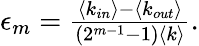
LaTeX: \begin{array}{r}{\epsilon_{m}=\frac{\langle k_{in}\rangle-\langle k_{out}\rangle}{(2^{m-1}-1)\langle k\rangle}.}\end{array}